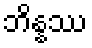
ဘိန္နဿ